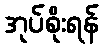
အုပ်စိုးရန်